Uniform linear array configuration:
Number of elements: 4
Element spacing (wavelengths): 0.25
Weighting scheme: uniform
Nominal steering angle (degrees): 30
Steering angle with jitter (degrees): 28.124
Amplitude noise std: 0.05
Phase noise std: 0.05

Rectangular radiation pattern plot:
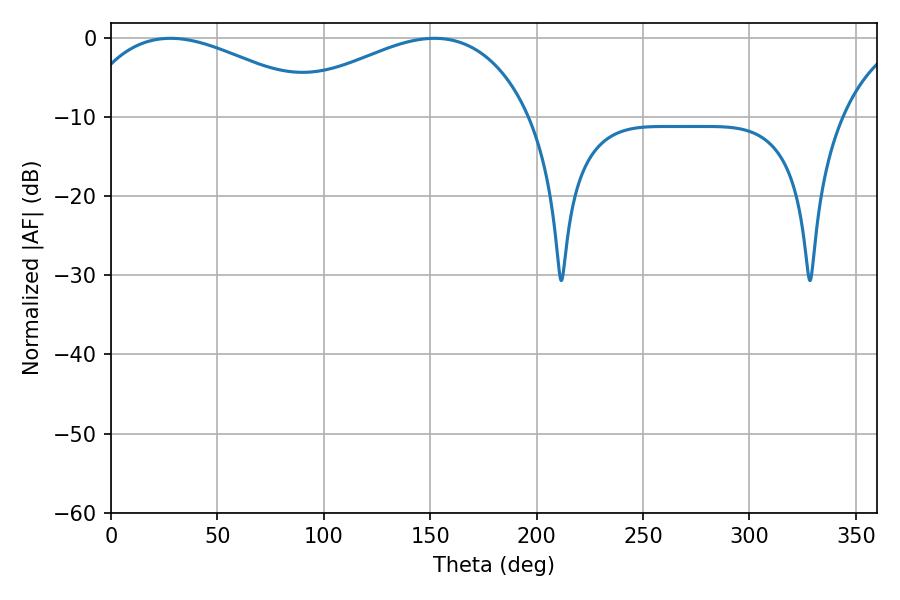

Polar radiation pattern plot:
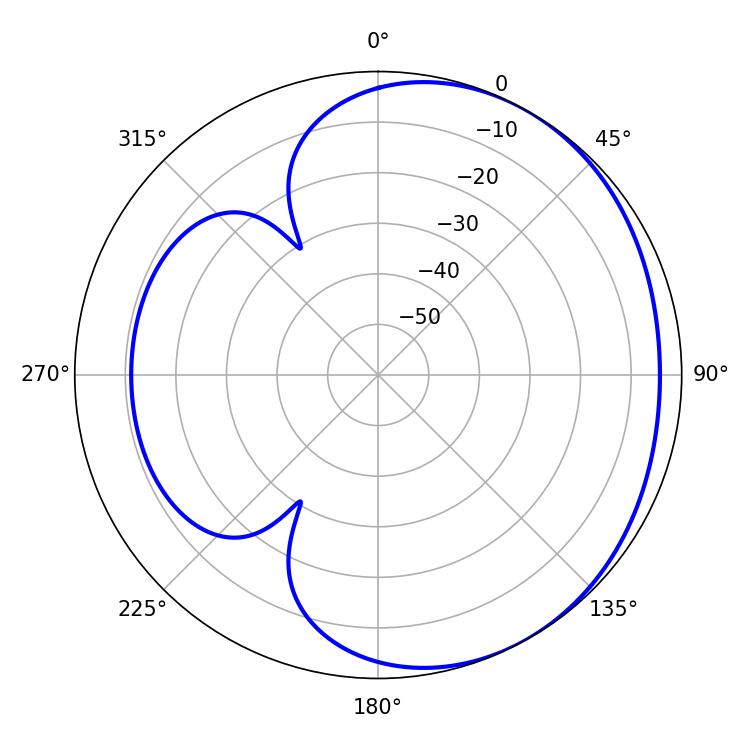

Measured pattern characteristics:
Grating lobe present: FALSE
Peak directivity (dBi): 2.394
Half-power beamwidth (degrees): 65.88
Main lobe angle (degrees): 27.9